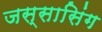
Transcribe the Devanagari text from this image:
जस्सासिंग